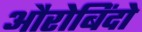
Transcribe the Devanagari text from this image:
औरोबिंदो